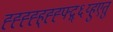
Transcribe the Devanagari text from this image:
ह्ह्ह्ह्ह्ह्ह्फ्द्ग्६य्हुएतु